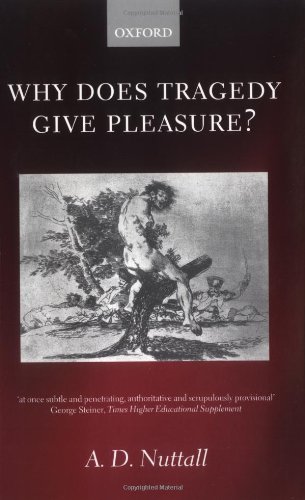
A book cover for Why Does Tragedy Give Pleasure?; A. D. Nuttall; Literature & Fiction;